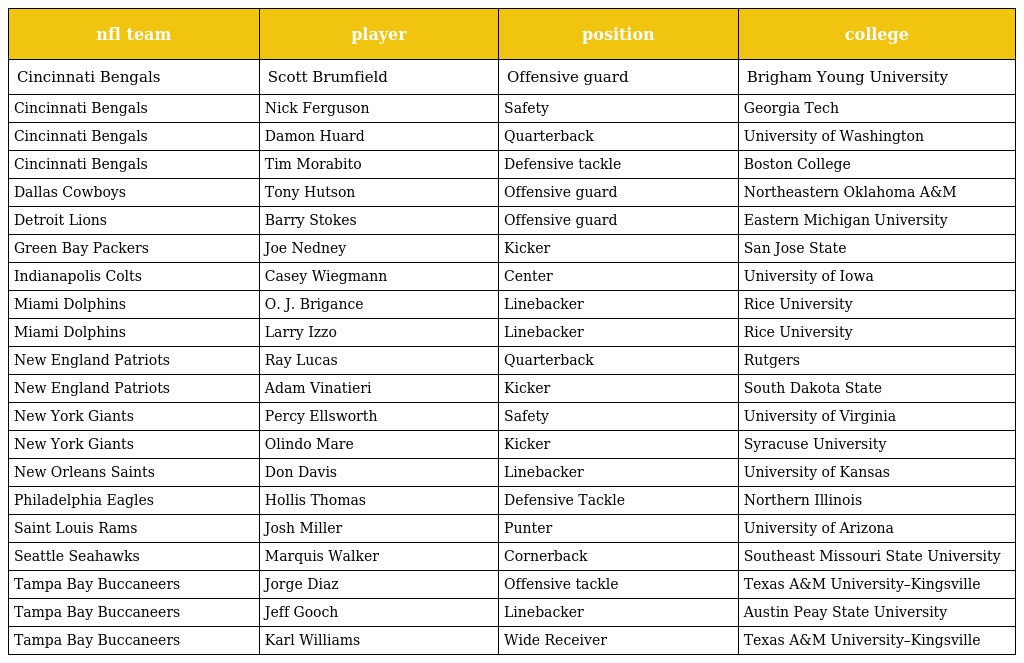
| nfl team | player | position | college |
 | --- | --- | --- | --- |
 | Cincinnati Bengals | Scott Brumfield | Offensive guard | Brigham Young University |
 | Cincinnati Bengals | Nick Ferguson | Safety | Georgia Tech |
 | Cincinnati Bengals | Damon Huard | Quarterback | University of Washington |
 | Cincinnati Bengals | Tim Morabito | Defensive tackle | Boston College |
 | Dallas Cowboys | Tony Hutson | Offensive guard | Northeastern Oklahoma A&M |
 | Detroit Lions | Barry Stokes | Offensive guard | Eastern Michigan University |
 | Green Bay Packers | Joe Nedney | Kicker | San Jose State |
 | Indianapolis Colts | Casey Wiegmann | Center | University of Iowa |
 | Miami Dolphins | O. J. Brigance | Linebacker | Rice University |
 | Miami Dolphins | Larry Izzo | Linebacker | Rice University |
 | New England Patriots | Ray Lucas | Quarterback | Rutgers |
 | New England Patriots | Adam Vinatieri | Kicker | South Dakota State |
 | New York Giants | Percy Ellsworth | Safety | University of Virginia |
 | New York Giants | Olindo Mare | Kicker | Syracuse University |
 | New Orleans Saints | Don Davis | Linebacker | University of Kansas |
 | Philadelphia Eagles | Hollis Thomas | Defensive Tackle | Northern Illinois |
 | Saint Louis Rams | Josh Miller | Punter | University of Arizona |
 | Seattle Seahawks | Marquis Walker | Cornerback | Southeast Missouri State University |
 | Tampa Bay Buccaneers | Jorge Diaz | Offensive tackle | Texas A&M University–Kingsville |
 | Tampa Bay Buccaneers | Jeff Gooch | Linebacker | Austin Peay State University |
 | Tampa Bay Buccaneers | Karl Williams | Wide Receiver | Texas A&M University–Kingsville |